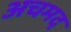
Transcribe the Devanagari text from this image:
अचमद